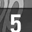
Digit: 5